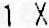
1 X